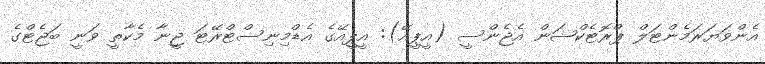
އެންވަޔަރަމެންޓަލް ޕްރޮޓެކްޝަން އެޖެންސީ (އީޕީއޭ): އީޕީއޭގެ އެޑްމިނިސްޓްރޭޓަ ޖީނާ މެކާތީ ވަނީ ބަޖެޓްގެ